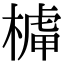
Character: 𣘭